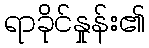
ရာခိုင်နှုန်း၏